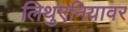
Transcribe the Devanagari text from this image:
लिथुएनियावर